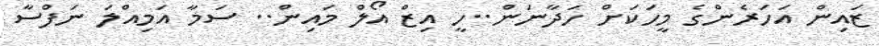
ޒައިން އަހަރެންގެ މީހަކަށް ހަދާނަން..ހީ އިޒް އޯލް މައިން.. ސަމާ އަމިއްލަ ނަފްސާ